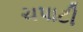
ચપાટી